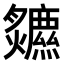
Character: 𤓏